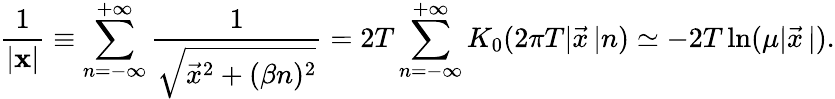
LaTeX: \frac{1}{|{\mathbf x}|}\equiv\sum_{n=-\infty}^{+\infty}\frac{1}{\sqrt{\vec{x}^{2}+(\beta n)^{2}}}=2T\sum_{n=-\infty}^{+\infty}K_{0}(2\pi T|\vec{x}{\, }|n)\simeq-2T\ln(\mu|\vec{x}{\, }|).